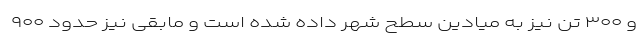
و ۳۰۰ تُن نیز به میادین سطح شهر داده شده است و مابقی نیز حدود ۹۰۰